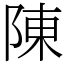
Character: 陳